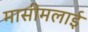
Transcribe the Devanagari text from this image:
मासीमलाई